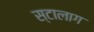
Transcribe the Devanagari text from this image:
स्टालाग